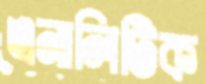
এনালিটিক